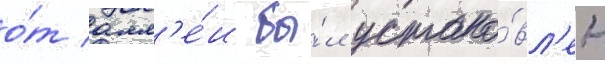
о́т алл'е́и бы́л устано́вл'ен